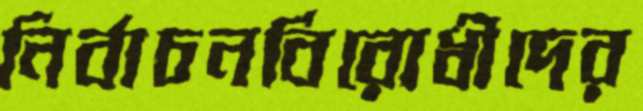
নির্বাচনবিরোধীদের